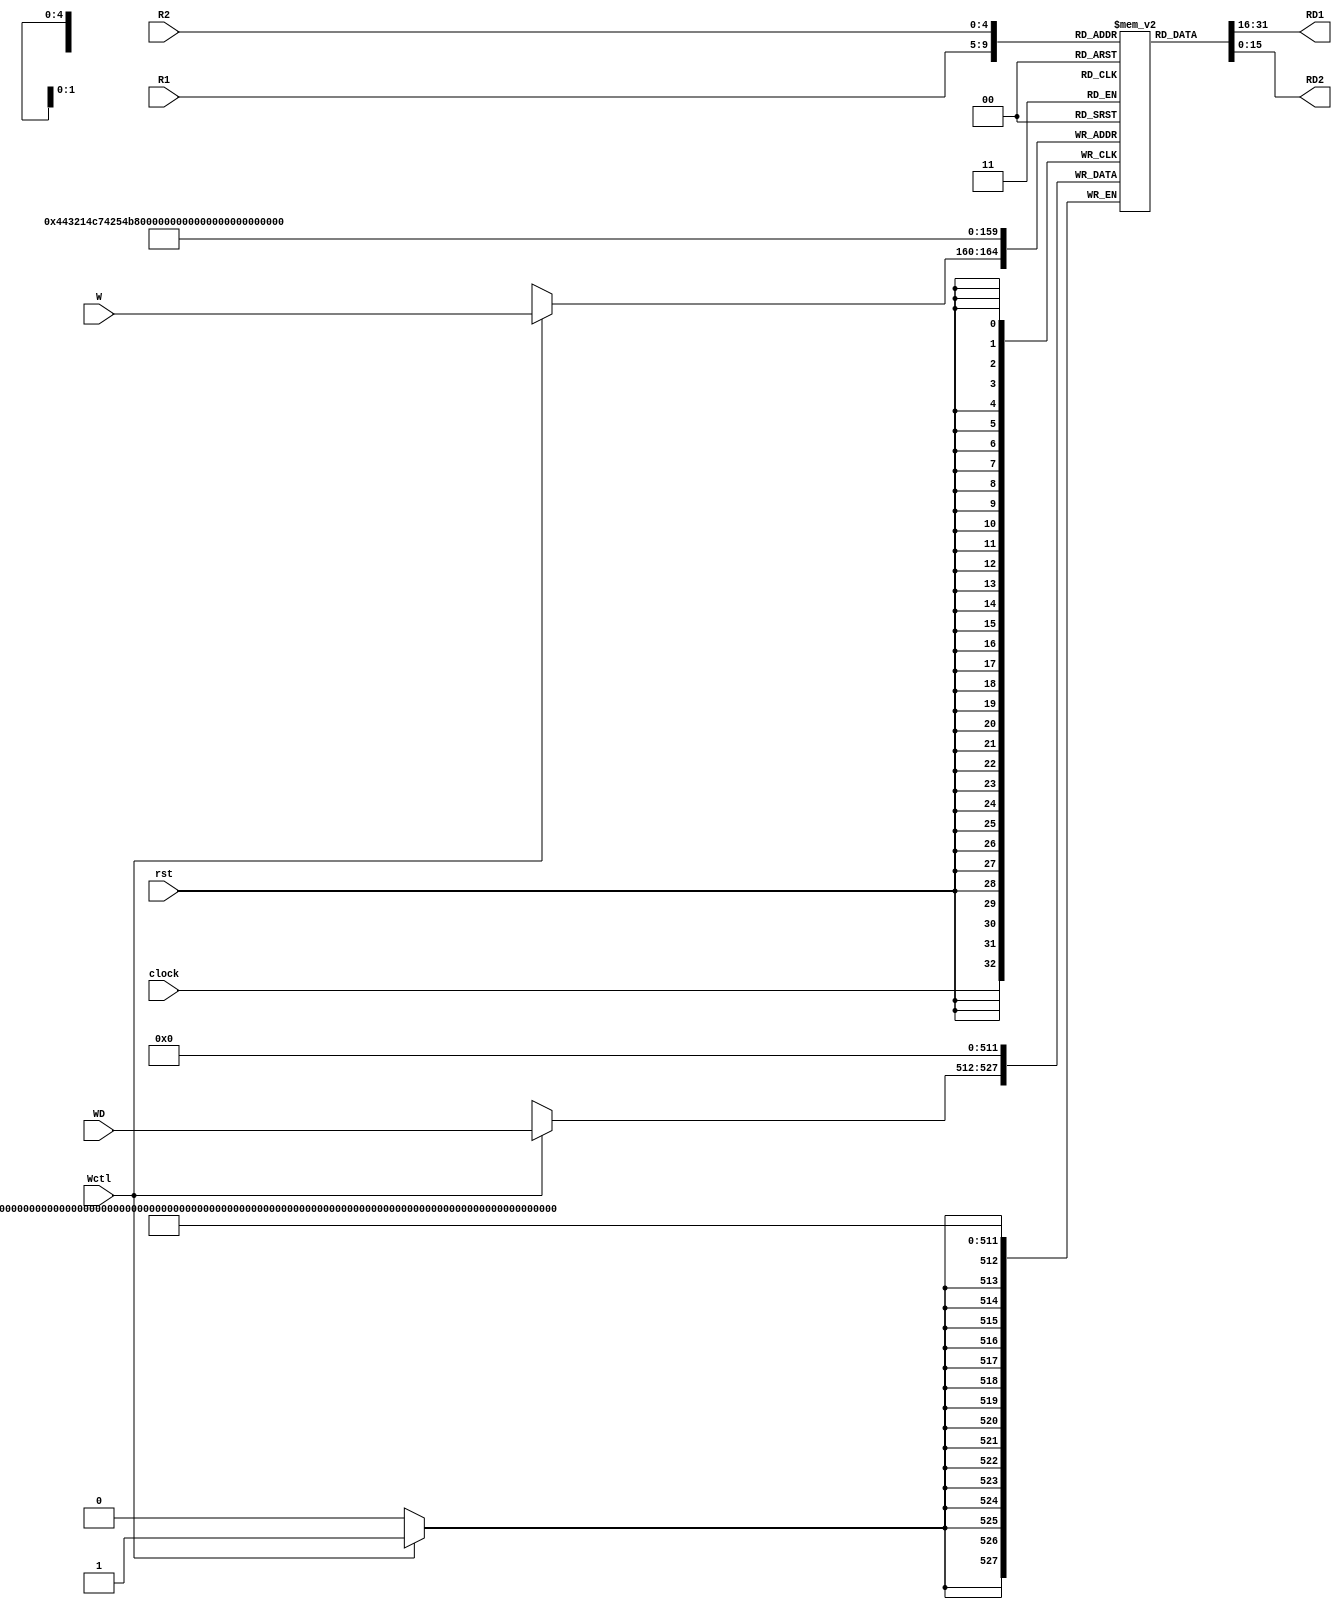
//Lian Attily  |  Labtest2 | December 4th, 2020    |  Section A
//Q2: stage1: pipelines addition   stage2: decodes, executes, and writes back (ADD/ADDI/MULT)  stage3: fetches instruction from memory to be decoded/executed/WB

module rfile(R1,R2,W,WD,Wctl,RD1,RD2,clock,rst);
   parameter WIDTH = 16;
   input [4:0]            R1,R2,W;   // Select what to read/write
   input [WIDTH-1:0] 	  WD;
   input 	          Wctl, clock, rst;
   output [WIDTH-1:0] 	  RD1,RD2;
   reg signed [WIDTH-1:0] RF[31:0];
   genvar 		  i;
   
   assign RD1 = RF[R1];
   assign RD2 = RF[R2];
   generate
      for (i=0; i<32; i=i+1)begin:blk
	always @(negedge rst) begin
	   RF[i] <= {WIDTH{1'b0}};
	end
      end
   endgenerate
   always @(posedge clock)
     if (Wctl) RF[W] <= WD;
endmodule

module yAdder1(z, cout, a, b, cin); 
   output z, cout; 
   input  a, b, cin; 
   xor left_xor(tmp, a, b); 
   xor right_xor(z, cin, tmp); 
   and left_and(outL, a, b); 
   and right_and(outR, tmp, cin); 
   or my_or(cout, outR, outL); 
endmodule // yAdder1

module yMux1(z, a, b, c); 
   output z; 
   input  a, b, c; 
   wire   notC, upper, lower; 
   not my_not(notC, c); 
   and upperAnd(upper, a, notC); 
   and lowerAnd(lower, c, b); 
   or my_or(z, upper, lower); 
endmodule // yMux1

module yMux(z, a, b, c); 
   parameter SIZE = 7; 
   output [SIZE-1:0] z; 
   input [SIZE-1:0]  a, b; 
   input             c; 
   yMux1 mine[SIZE-1:0](z, a, b, c); 
endmodule // yMux

module yMux4to1(z, a0,a1,a2,a3, c); 
   parameter SIZE = 2; 
   output [SIZE-1:0] z; 
   input [SIZE-1:0]  a0, a1, a2, a3; 
   input [1:0]       c; 
   wire [SIZE-1:0]   zLo, zHi; 
   yMux #(SIZE) lo(zLo, a0, a1, c[0]); 
   yMux #(SIZE) hi(zHi, a2, a3, c[0]); 
   yMux #(SIZE) final(z, zLo, zHi, c[1]); 
endmodule // yMux4to1

module yMux8to1(z, a0,a1,a2,a3, a4, a5, a6, a7, c); 
   parameter SIZE = 2; 
   output [SIZE-1:0] z; 
   input [SIZE-1:0]  a0, a1, a2, a3, a4, a5, a6, a7; 
   input [2:0]       c; 
   wire [SIZE-1:0]   zLo, zHi; 
   yMux4to1 #(SIZE) lo(zLo, a0, a1, a2, a3, c[1:0]); 
   yMux4to1 #(SIZE) hi(zHi, a4, a5, a6, a7, c[1:0]); 
   yMux #(SIZE) final(z, zLo, zHi, c[2]); 
endmodule // yMux4to1

module yAdder(s, cout, a, b, cin);
   parameter SIZE = 2;
   output [SIZE-1:0] s; 
   output        cout; 
   input [SIZE-1:0]  a, b; 
   input         cin; 
   wire [SIZE-1:0]       in, out; 
   yAdder1 mine[SIZE-1:0](s, out, a, b, in); 
   assign {cout,in} = {out,cin};
endmodule // yAdder

module mult2(m,a,b);
   input [1:0] a, b;
   output [3:0] m;

   assign m[3] = a[1]&a[0]&b[1]&b[0];
   assign m[2] = a[1]&~a[0]&b[1] | a[1]&b[1]&~b[0];
   assign m[1] = a[1]&b[0]&(~b[1]|~a[0]) | a[0]&b[1]&(~a[1]|~b[0]);
   assign m[0] = a[0]&b[0];
endmodule // mult2

module mult4(m,a,b);
   parameter WIDTH = 4;
   input [WIDTH-1:0]        a, b;
   output [2*WIDTH-1:0]     m;
   wire [WIDTH-1:0] 	    a1b1, a1b0, a0b1, a0b0;
   wire [WIDTH:0] 	    a1b0pa0b1;
   wire 		    nowhere;
   
   mult2 m3(a1b1,a[WIDTH-1:WIDTH/2],b[WIDTH-1:WIDTH/2]);
   mult2 m2(a1b0,a[WIDTH-1:WIDTH/2],b[WIDTH/2-1:0]);
   mult2 m1(a0b1,a[WIDTH/2-1:0],b[WIDTH-1:WIDTH/2]);
   mult2 m0(a0b0,a[WIDTH/2-1:0],b[WIDTH/2-1:0]);

   yAdder #(WIDTH) a0(a1b0pa0b1[WIDTH-1:0],a1b0pa0b1[WIDTH],a1b0,a0b1,1'b0);
   yAdder #(2*WIDTH) a1(m, nowhere,
			  {a1b1,a0b0},
			  {{(WIDTH/2-1){1'b0}},a1b0pa0b1,{(WIDTH/2){1'b0}}},1'b0);
endmodule // mult4

module mult4_stg(mr,a,b,start,clk, rst);
   parameter WIDTH = 4;
   input [WIDTH-1:0]        a, b;
   output reg [2*WIDTH-1:0] mr;
   input 		    start, clk, rst;
   wire [2*WIDTH-1:0] 	    m;

   mult4 mult(m, a, b);
   always @(negedge rst) begin
      mr = {(2*WIDTH){1'b0}};
   end
   always @(posedge clk) begin
      if (start) mr = m;
   end // always @ (posedge clk)
endmodule // mult4_stg

module mult_width(mr,a,b,start,clk, rst);
   parameter WIDTH = 16;
   input [WIDTH-1:0]        a, b;
   output reg [2*WIDTH-1:0] mr;
   input 		    start, clk, rst;
   wire [2*WIDTH-1:0] 	    m;
   wire [WIDTH-1:0] 	    a1b1, a1b0, a0b1, a0b0;
   wire [WIDTH:0] 	    a1b0pa0b1;
   wire 		    nowhere;

   generate
      if (WIDTH==8) begin
	 mult4_stg m3(a1b1,a[WIDTH-1:WIDTH/2],b[WIDTH-1:WIDTH/2],start,clk, rst);
	 mult4_stg m2(a1b0,a[WIDTH-1:WIDTH/2],b[WIDTH/2-1:0],start,clk, rst);
	 mult4_stg m1(a0b1,a[WIDTH/2-1:0],b[WIDTH-1:WIDTH/2],start,clk, rst);
	 mult4_stg m0(a0b0,a[WIDTH/2-1:0],b[WIDTH/2-1:0],start,clk, rst);
      end
      else begin
	 mult_width #(WIDTH/2) m3(a1b1,a[WIDTH-1:WIDTH/2],b[WIDTH-1:WIDTH/2],start,clk, rst);
	 mult_width #(WIDTH/2) m2(a1b0,a[WIDTH-1:WIDTH/2],b[WIDTH/2-1:0],start,clk, rst);
	 mult_width #(WIDTH/2) m1(a0b1,a[WIDTH/2-1:0],b[WIDTH-1:WIDTH/2],start,clk, rst);
	 mult_width #(WIDTH/2) m0(a0b0,a[WIDTH/2-1:0],b[WIDTH/2-1:0],start,clk, rst);
      end // else: !if(WIDTH==8)
      
      yAdder #(WIDTH) a0(a1b0pa0b1[WIDTH-1:0],a1b0pa0b1[WIDTH],a1b0,a0b1,1'b0);
      yAdder #(2*WIDTH) a1(m, nowhere,
			   {a1b1,a0b0},
			   {{(WIDTH/2-1){1'b0}},a1b0pa0b1,{(WIDTH/2){1'b0}}},1'b0);
   endgenerate
   always @(negedge rst) begin
      mr = {(2*WIDTH){1'b0}};
   end
   always @(posedge clk) begin
      if (start) mr = m;
   end // always @ (posedge clk)
endmodule // mult4_stg

module mult_pipe(mr,a,b,start,Rdin,Rdout,clk, rst);
   parameter WIDTH = 16;
   localparam levels = $clog2(WIDTH)-1;
   
   input [WIDTH-1:0]       a, b;
   output [2*WIDTH-1:0]    mr;
   input [4:0] 		   Rdin;
   output [4:0] 	   Rdout;
   input 		   start, clk, rst;
   reg [4:0] 		   Rd_pipe[levels-1:0];
   genvar 		   i;

   mult_width #(WIDTH) mw(mr,a,b,start,clk, rst);
   generate
      for (i=0; i<levels; i = i+1)
	always @(negedge rst)
	  Rd_pipe[i] = {5{1'b0}};
      for (i=0; i<levels-1; i = i+1)
	always @(posedge clk) 
	  if (start) Rd_pipe[i+1] <= Rd_pipe[i];
   endgenerate
   always @(posedge clk) 
     if (start) Rd_pipe[0] <= Rdin;
   assign Rdout = Rd_pipe[levels-1];

endmodule // mult_pipe


module add_pipe(mr,a,b,start,Rdin,Rdout,clk, rst);    //pipelines addition similar to mult_pipe (except, addition is done in one cycle)
   parameter WIDTH = 16;
   localparam levels = $clog2(WIDTH)-1;
   
   input [WIDTH-1:0]       a, b;
   output [WIDTH-1:0]      mr;
   input [4:0] 		      Rdin;
   output [4:0] 	         Rdout;
   input 		            start, clk, rst;
   wire                    cout;
   reg [4:0] 		         Rd_pipe[levels-1:0];
   reg [WIDTH-1:0]         regs[levels-1:0];
   wire [WIDTH-1:0]        temp;
   genvar 		            i;

   yAdder #(WIDTH) yadd(temp, cout, a,b,1'b0);
   generate
      for (i=0; i<levels; i = i+1)
         always @(negedge rst)begin
             Rd_pipe[i] = {5{1'b0}};     //reset pipe add registers
             regs[i]={5{1'b0}};
         end
      for (i=0; i<levels-1; i = i+1)
         always @(posedge clk) 
            if (start)begin 
               Rd_pipe[i+1] <= Rd_pipe[i];
               regs[i+1]<=regs[i];     //moving results of addition along the way
            end
   endgenerate

   always @(posedge clk) 
     if (start) begin 
        Rd_pipe[0] <= Rdin;
        regs[0] <= temp;
     end
     assign Rdout = Rd_pipe[levels-1];
     assign mr = regs[levels-1];

endmodule // add_pipe


module idexwb_pipe(res, Rdout, opcode, Rs1, Rs2, Rd, imm, start, clk, rst);      //decode - execute - write back instructions (mul, add, addi, nop)
   parameter WIDTH = 32;
   output [WIDTH-1:0]   res;
   output [4:0]         Rdout;
   input                start, clk, rst;
   input [2:0]          opcode;
   input  signed [11:0] imm;
   input [4:0] 		   Rs1, Rs2, Rd;     

   wire                 Wctl;
   wire  [WIDTH-1:0]    RD1, RD2;
   wire  [4:0]          RinA, RinM,pickRM, pickRA,outM, outA;
   wire [WIDTH-1:0]     RD22, addres, pickRES;
   wire [2*WIDTH-1:0]   multres;
        

   //immS= imm sign extend with MSB
   wire [WIDTH-1:0] immS, pick;     
   assign immS = {{(WIDTH-12){imm[11]}},imm};

   //pick between RD2 and IMM (ADD vs ADDI)
   yMux #(WIDTH) pickrd(pick,  RD2, immS, (opcode[0]&opcode[1]));
   assign RD22=pick;
   //pick Rin for mult and add accordingly
   yMux #(5) pickM(pickRM, 5'b00000, Rd,  (opcode[1]&~opcode[0]));     
   assign RinM=pickRM;
   yMux #(5) pickA(pickRA, 5'b00000,Rd, ((opcode[0]&~opcode[1])|(opcode[0]&opcode[1]))); 
   assign RinA=pickRA;

   add_pipe #(WIDTH) madd(addres, RD1, RD22, start, RinA, outA, clk, rst);     
   mult_pipe #(WIDTH) mmult(multres, RD1, RD2, start, RinM, outM, clk, rst);  

   
   assign Rdout= (outA==5'b0000)? outM: outA;   //pick Rdout (whichever is non zero)
   assign res= (outA==5'b0000)? multres: addres; //pick res (whichever is nonzero)

   wire  outxor, Axor, Mxor;
   assign Axor=(outA[0]|outA[1]|outA[2]|outA[3]|outA[4]);
   assign Mxor=(outM[0]|outM[1]|outM[2]|outM[3]|outM[4]);
   assign outxor=Axor^Mxor;

   yMux1  wctrl(Wctl, 1'b0, 1'b1, outxor);      //Wctl=1 when only ONE of the Rdouts is non-zero

   rfile #(WIDTH) regs(Rs1, Rs2, Rdout, res, Wctl, RD1, RD2, clk, rst);

endmodule // idexwb_pipe

module predecode(opcode, Rs1, Rs2, Rd, imm, ins);
   parameter WIDTH = 16;
   output [2:0]         opcode;
   output [4:0] 	Rs1, Rs2, Rd;
   output [11:0] 	imm;
   input [31:0] 	ins;

   assign opcode = ins[2:0];
   assign Rs1    = ins[7:3];
   assign Rd     = ins[12:8];
   assign Rs2    = ins[17:13];
   assign imm    = ins[24:13];
endmodule // predecode

module if_pipe(ins, start, clk, rst);        //fetches instructions from compmem.dat
   parameter WIDTH=32;
   output reg [WIDTH-1:0] ins;
   input              start, clk, rst;
   reg [31:0] 	       imem[63:0];     
   reg [WIDTH-1:0]     PC;
   wire [WIDTH-1:0] PCp1;
   
   yAdder #(WIDTH) pcplus1(PCp1, cout, PC, 1, 1'b0); 

   always @(negedge rst)begin 
               ins<=0;
               $readmemb("compmem.dat", imem, 6'd0, 6'd22);
               PC<=0;
         end
   always @(posedge clk)begin
     if(start)begin
         ins<=imem[PC];
         PC<=PCp1;
      end
   end

endmodule // if_pipe

module Labtest;
   parameter WIDTH = 32;
   
   reg [WIDTH-1:0]    a, b, expa;
   wire [2*WIDTH-1:0] m;
   wire [WIDTH-1:0]   addout;
   integer 	      i,j;
   reg [2*WIDTH-1:0]  expm;
   reg 		      clk, rst, start;
   reg [4:0] 	      Rdin;
   wire [4:0] 	      Rdout;

   add_pipe #(WIDTH) testm(addout, a, b, start, Rdin, Rdout, clk, rst);
   initial begin
      clk   = 1'b0;
      rst   = 1'b0; #1 rst   = 1'b1; #1 rst   = 1'b0; 
      start = 1'b0;
      #1 rst = 1'b1; #1;
      for (i=0; i<40; i=i+1) begin
	 a = $random;
	 b = $random;
	 Rdin = i;
	 expm = a*b;
	 expa = (a+b) & {WIDTH{1'b1}};
	 start = 1'b1;
	 #1 clk = 1'b1;
	 #1 clk = 1'b0;
	 //$display($time, ", a: %d, b: %d, m: %d, Rdout: %d, expm: %d, Rdin: %d", a, b, m, Rdout, expm, Rdin);
	 $display($time, ", a: %d, b: %d, addout: %d, Rdout: %d, expa: %d, Rdin: %d", a, b, addout, Rdout, expa, Rdin);
      end
      $finish;
   end // initial begin
endmodule // LabM